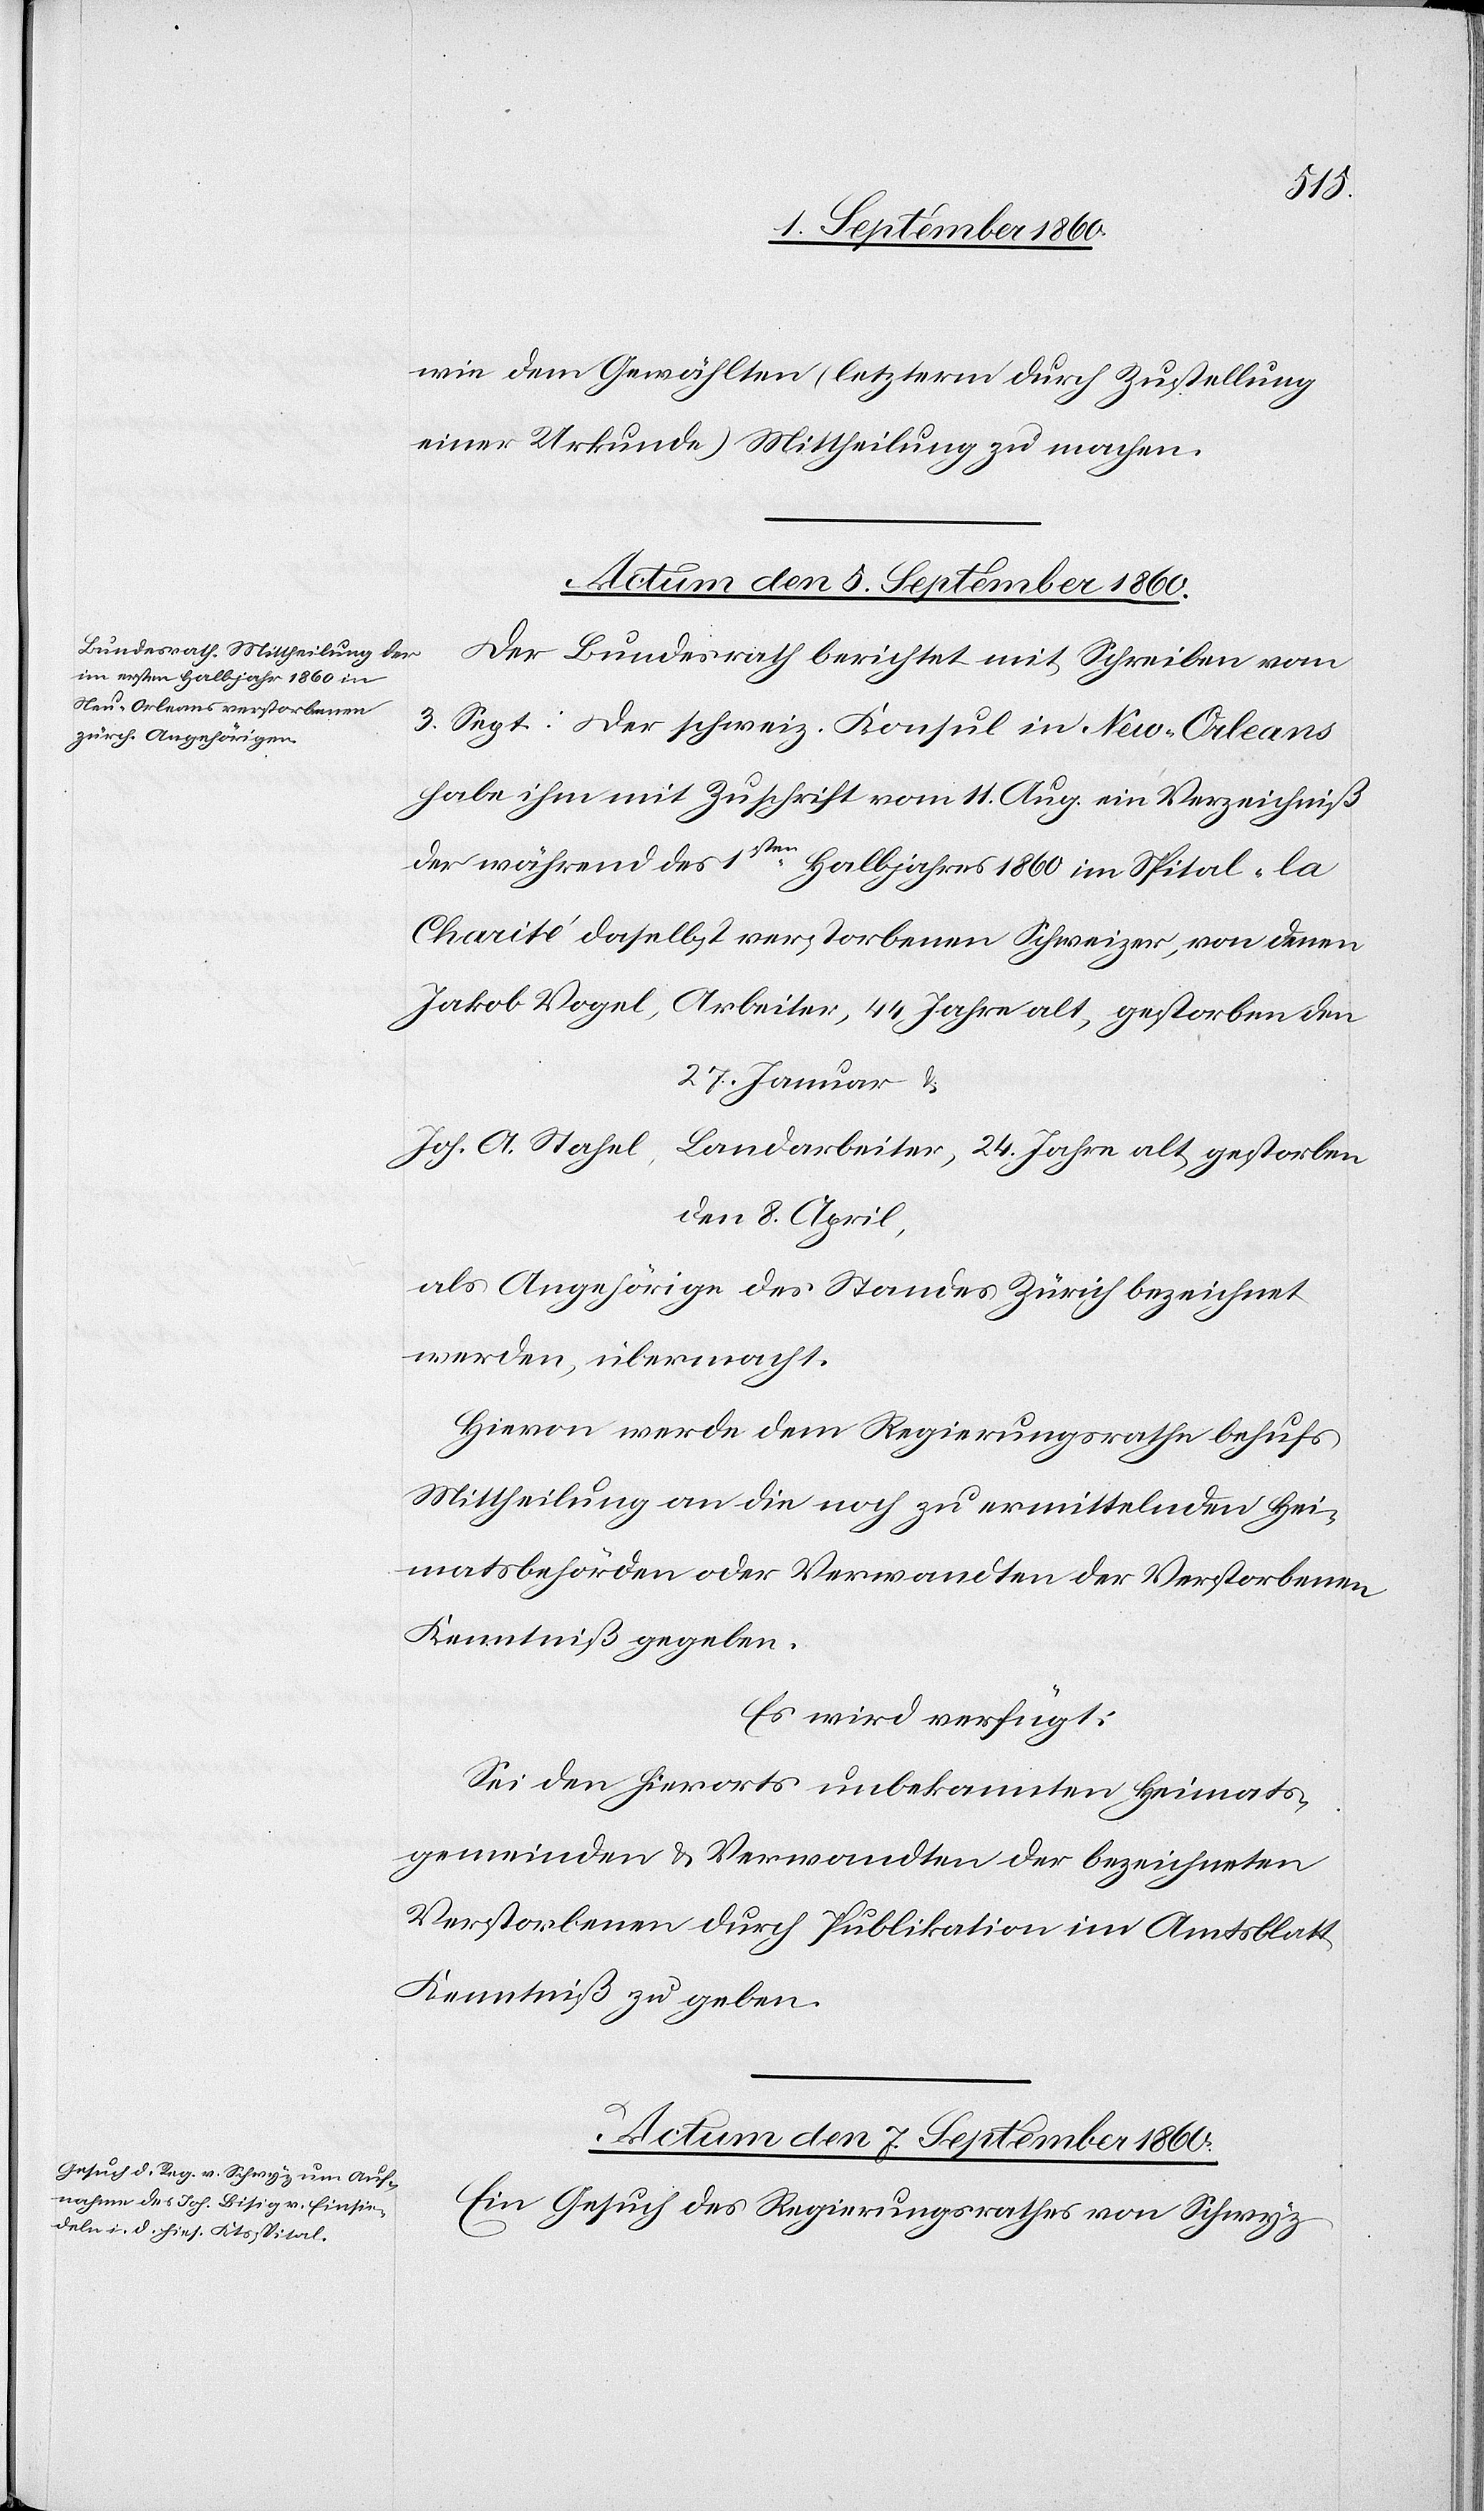
27.
wie dem Gewählten (letzterm durch Zustellung
einer Urkunde) Mittheilung zu machen.
Actum den 5t. September 1860.
Der Bundesrath berichtet mit Schreiben vom
3t September: Der schweiz. Consul in New-Orleans
habe ihm mit Zuschrift vom 11. August ein Verzeichniss
der während des 1ten Halbjahr 1860 im Spital „la
charité“ daselbst verstorbenen Schweizer, von denen
Jakob Vogel, Arbeiter, 44 Jahre alt, gestorben den
Johs. A. Stahel, Landarbeiter, 24. Jahre alt, gestorben
den 8. April
als Angehörige des Standes Zürich bezeichnet
werden, übermacht.
Hievon werde dem Regierungsrathe behufs
Mittheilung an die noch zu ermittelnden Hei¬
matsbehörden oder Verwandten der Verstorbenen
Kenntniss gegeben.
Es wird verfügt:
Sei den hierorts unbekannten Heimats¬
gemeinden u. Verwandten der bezeichneten
Verstorbenen durch Publikation im Amtsblatt
Kenntniss zu geben.
Actum, den 7. September 1860.
Ein Gesuch des Regierungsrathes von Schwyz